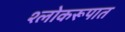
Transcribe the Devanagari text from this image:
श्लोकरूपात